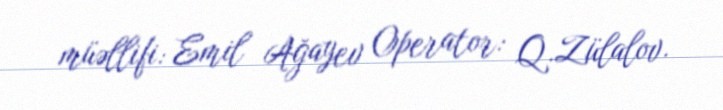
müəllifi: Emil Ağayev Operator: Q.Zülalov.